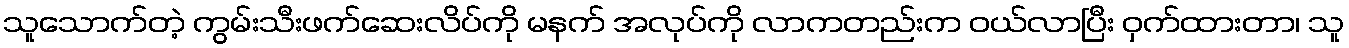
သူသောက်တဲ့ ကွမ်းသီးဖက်ဆေးလိပ်ကို မနက် အလုပ်ကို လာကတည်းက ဝယ်လာပြီး ဝှက်ထားတာ၊ သူ